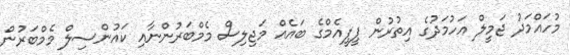
މުހައްމަދު ޖަމީލް އަހުމަދުގެ އިތުރުން ޕީޕީއެމްގެ ބައެެއް މަޖިލިސް މެމްބަރުންނާއި ކައުންސިލް މެމްބަރުން